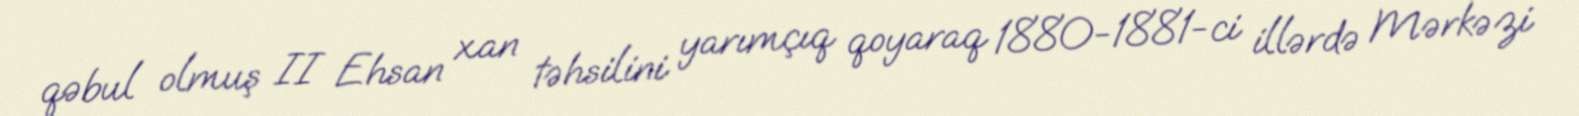
qəbul olmuş II Ehsan xan təhsilini yarımçıq qoyaraq 1880-1881-ci illərdə Mərkəzi